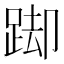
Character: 踋